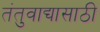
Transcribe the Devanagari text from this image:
तंतुवाद्यासाठी